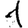
Digit: 1